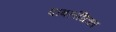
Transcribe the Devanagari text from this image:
दाबलंघिका